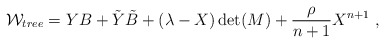
\begin{align*}{\cal W}_{tree} = YB+{\tilde Y}{\tilde B}+(\lambda-X)\det(M) + {\rho \over {n+1}}X^{n+1}~,\end{align*}